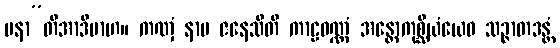
ပနာ”တိအာဒိမာဟ။ ကဏှံ နာမ ဇနေသီတိ ကာဠဝဏ္ဏံ အန္တောကုစ္ဆိယံယေဝ သဉ္ဇာတဒန္တံ